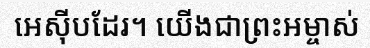
អេស៊ីបដែរ។ យើងជាព្រះអម្ចាស់